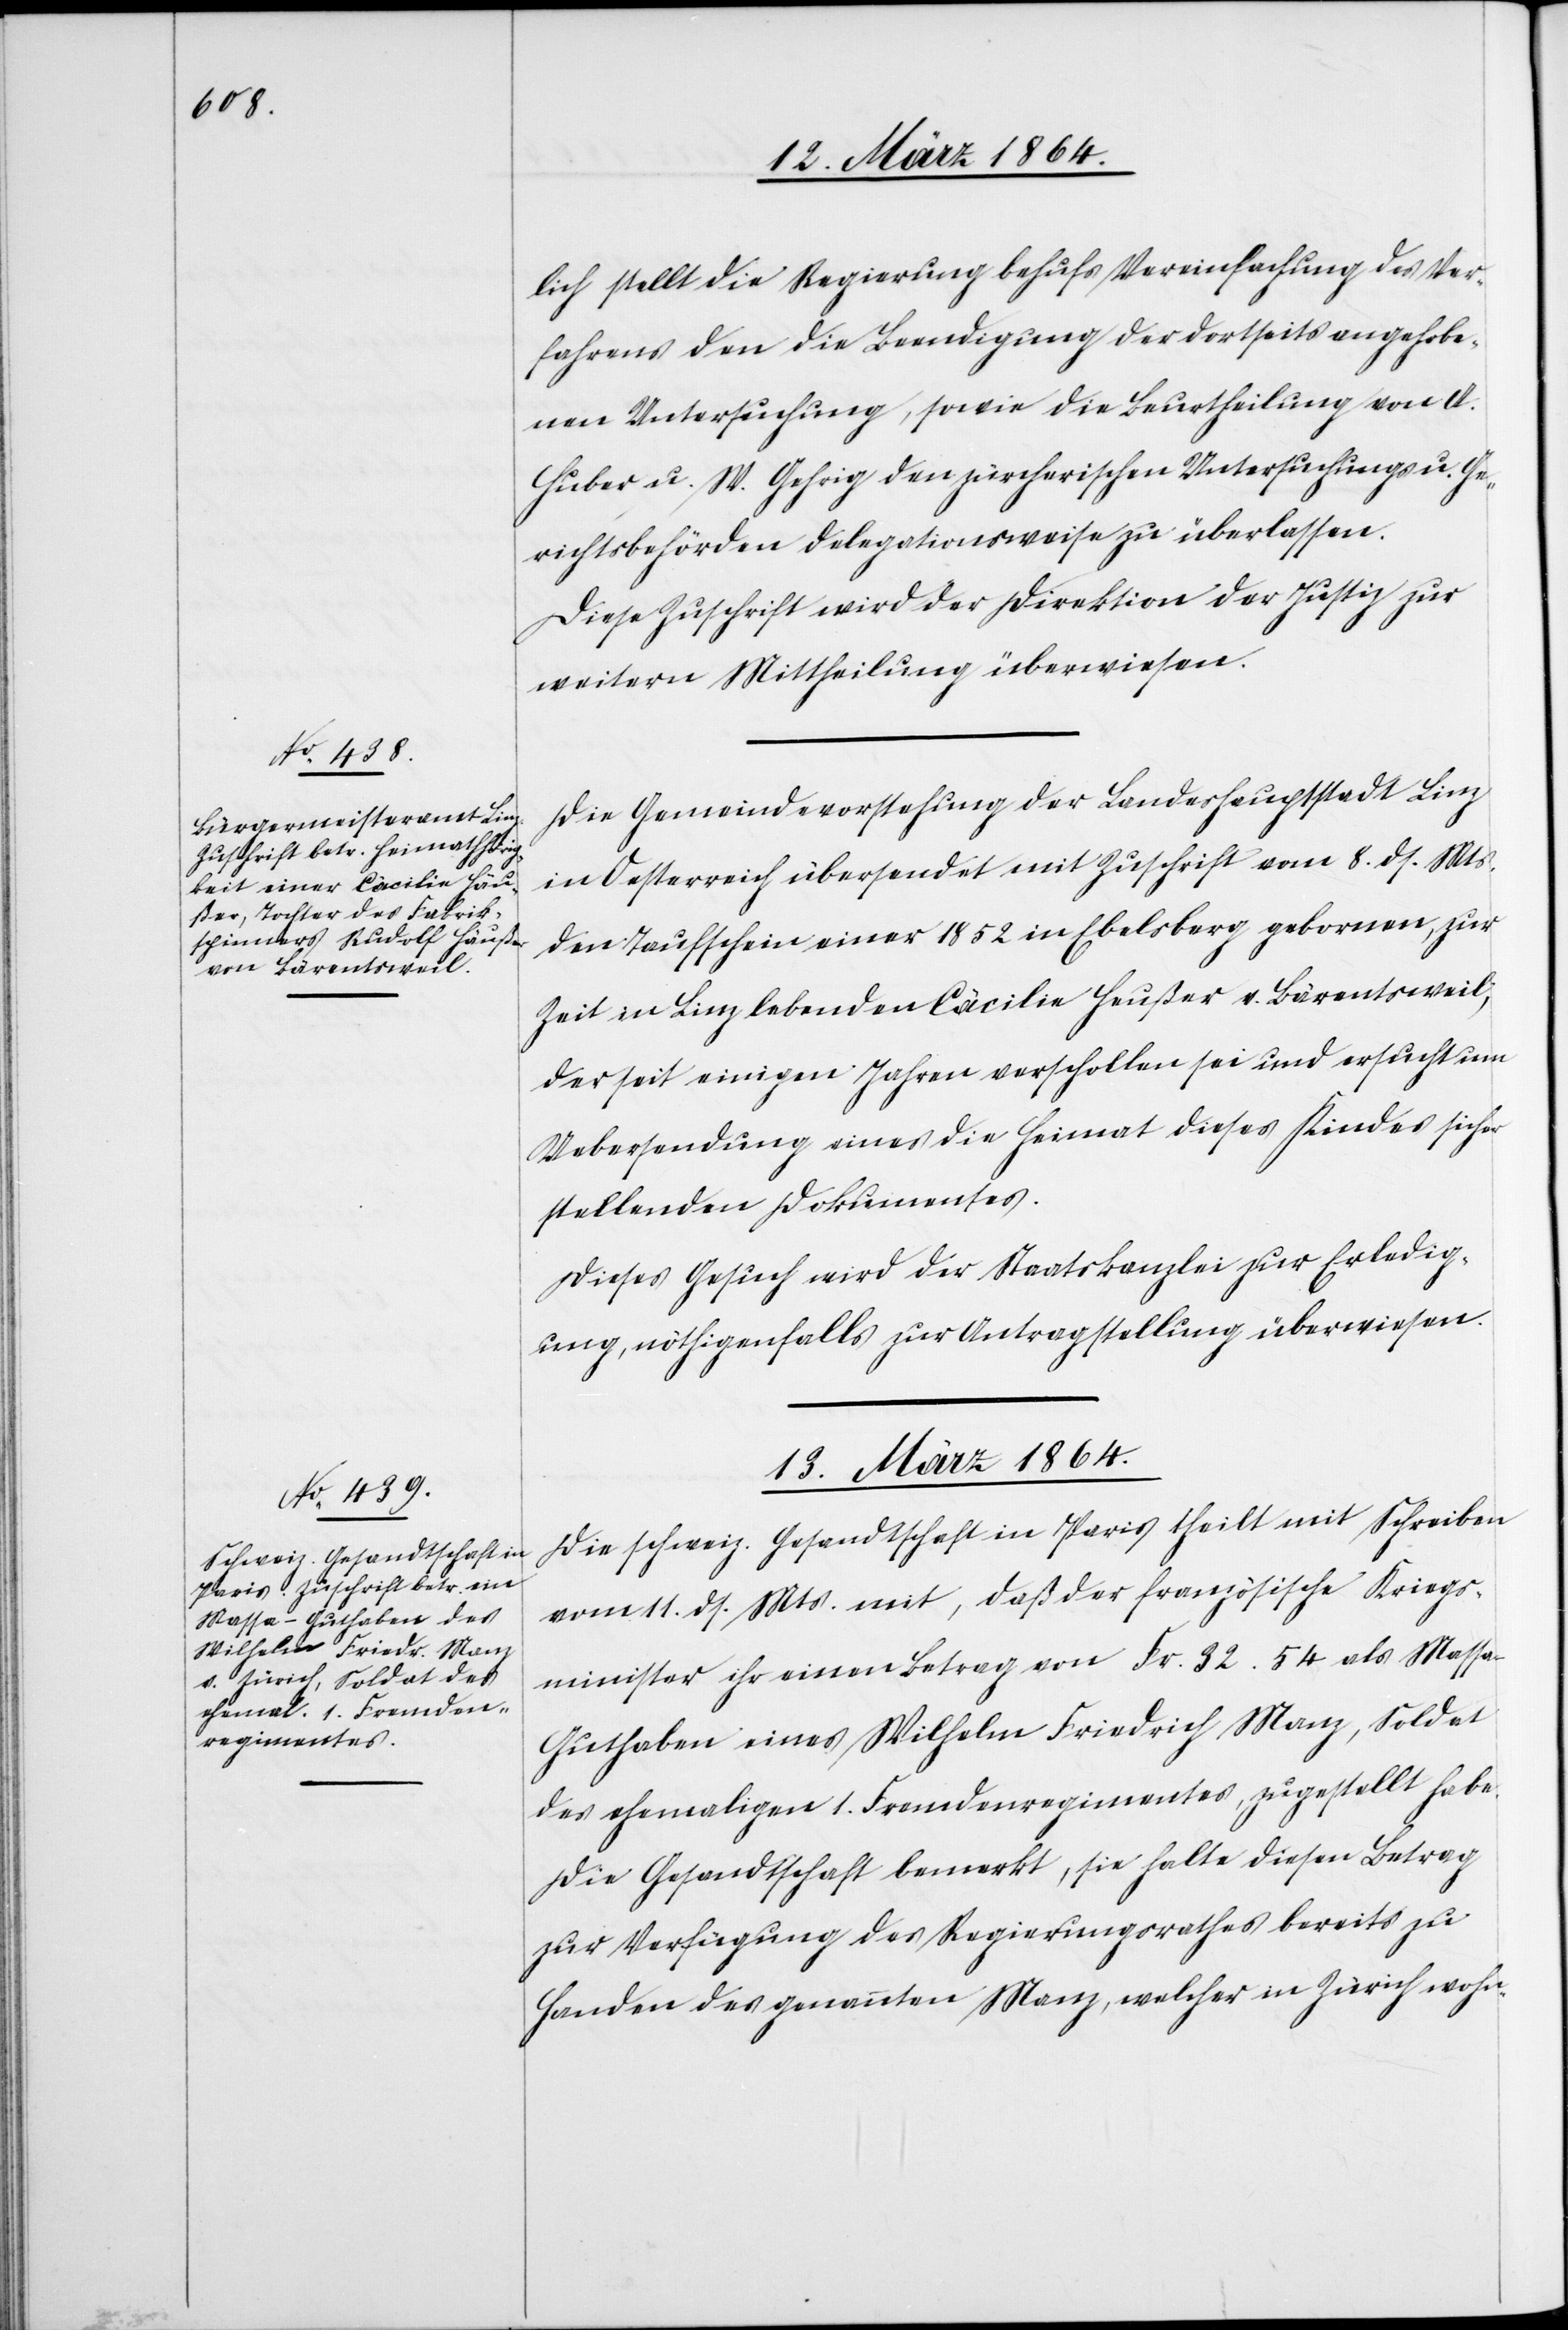
12. März 1864.]
lich stellt die Regierung behufs Vereinfachung des Ver¬
fahrens den die Beendigung der dortseits angehobe¬
nen Untersuchung [sic!], sowie die Beurtheilung von A.
Huber u. W. Gehrig den zürcherischen Untersuchungen u. Ge¬
richtsbehörden delegationsweise zu überlassen.
Diese Zuschrift wird der Direktion der Justiz zur
weitern Mittheilung überwiesen.
Die Gemeindevorstehung der Landeshauptstadt Linz
in Oesterreich übersendet mit Zuschrift vom 8. ds. Mts.
den Taufschein einer 1852 in Ebelsberg gebornen, zur
Zeit in Linz lebenden Cäcilie Heußer v. Bärentsweil,
der seit einigen Jahren verschollen sei und ersucht um
Uebersendung eines die Heimat dieses Kindes sicher
stellenden Dokumentes.
Dieses Gesuch wird der Staatskanzlei zur Erledig¬
ung, nöthigenfalls zur Antragstellung überwiesen.
13. März 1864.
Die schweiz. Gesandtschaft in Paris theilt mit Schreiben
vom 11. ds. Mts. mit, daß der französische Kriegs¬
minister ihr einen Betrag von Fr. 32.54 als Mass¬
a-Guthaben eines Wilhelm Friedrich Manz, Soldat
des ehemaligen 1. Fremdenregimentes, zugestellt habe.
Die Gesandtschaft bemerkt, sie halte diesen Betrag
zur Verfügung des Regierungsrathes bereits zu
Handen des genannten Manz, welcher in Zürich wohn-